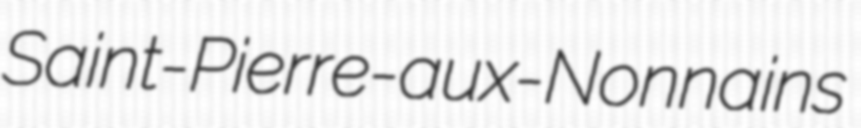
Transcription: Saint-Pierre-aux-Nonnains